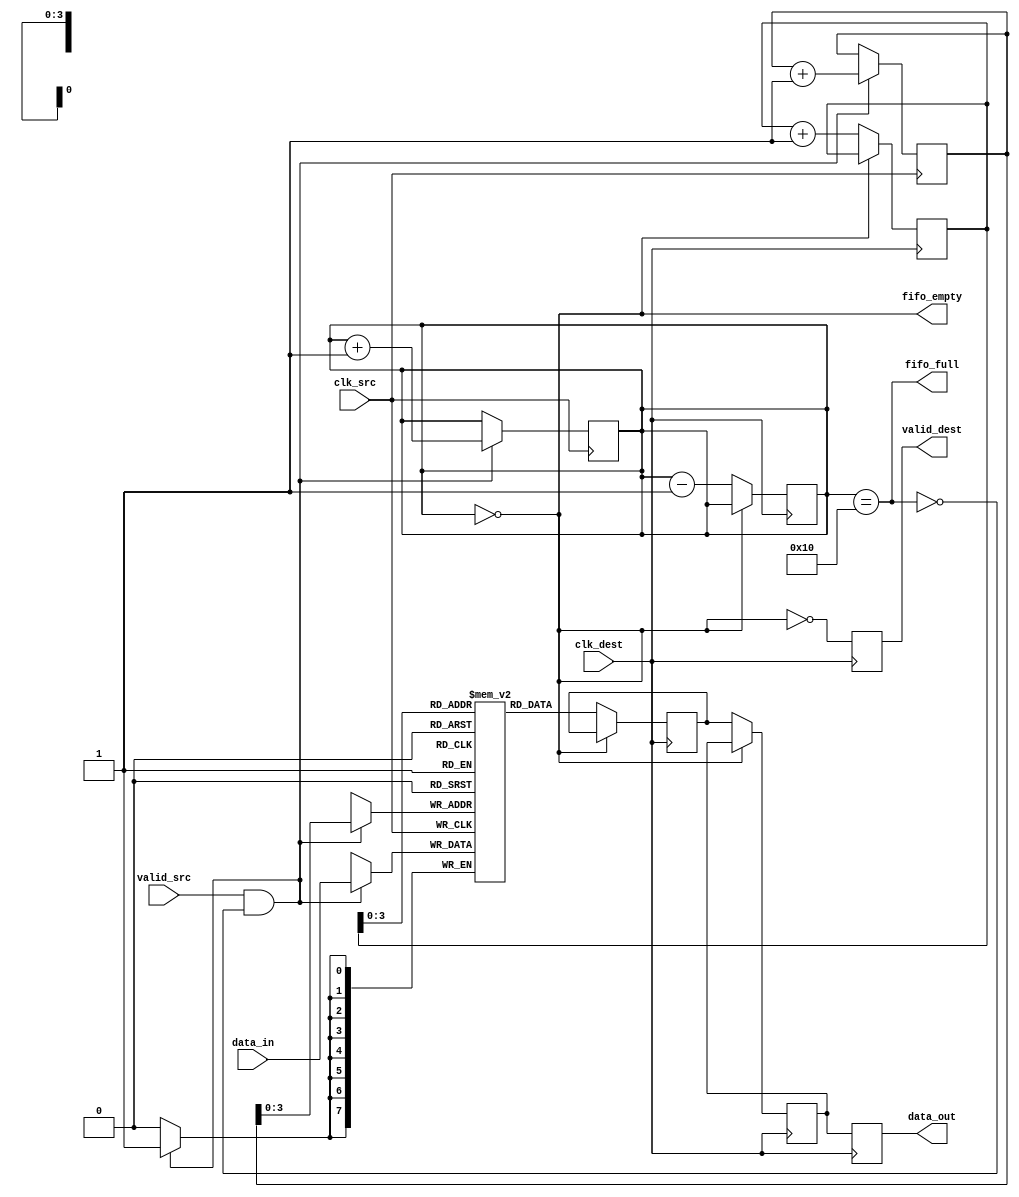
module MemoryBlocksPipelineSynchronizer #(
    parameter DATA_WIDTH = 8,
    parameter FIFO_DEPTH = 16
) (
    input wire clk_src,                // Clock signal from source domain
    input wire clk_dest,               // Clock signal from destination domain
    input wire valid_src,              // Valid signal for source data
    input wire [DATA_WIDTH-1:0] data_in, // Data input from source domain
    output reg valid_dest,             // Valid signal for destination data
    output reg [DATA_WIDTH-1:0] data_out, // Synchronized data output to destination domain
    output wire fifo_empty,            // FIFO empty flag
    output wire fifo_full              // FIFO full flag
);

    // FIFO Memory - Dual Clock FIFO instantiation
    reg [DATA_WIDTH-1:0] fifo_mem[FIFO_DEPTH-1:0];
    reg [FIFO_DEPTH-1:0] write_ptr, read_ptr;
    reg [FIFO_DEPTH-1:0] count;

    // Register for synchronizing data signals across clock domains
    reg [DATA_WIDTH-1:0] sync_reg_1;
    reg [DATA_WIDTH-1:0] sync_reg_2;

    assign fifo_empty = (count == 0);
    assign fifo_full  = (count == FIFO_DEPTH);

    // Write Operation - Source Clock Domain
    always @(posedge clk_src) begin
        if (valid_src && !fifo_full) begin
            fifo_mem[write_ptr] <= data_in;
            write_ptr <= write_ptr + 1;
            count <= count + 1;
        end
    end

    // Read Operation - Destination Clock Domain
    always @(posedge clk_dest) begin
        if (!fifo_empty) begin
            sync_reg_1 <= fifo_mem[read_ptr];  // First stage of synchronization
            sync_reg_2 <= sync_reg_1;          // Second stage of synchronization
            read_ptr <= read_ptr + 1;
            count <= count - 1;
        end
    end

    // Outputs for the destination clock domain
    always @(posedge clk_dest) begin
        valid_dest <= !fifo_empty;
        data_out <= sync_reg_2;              // Synchronized data output
    end

endmodule